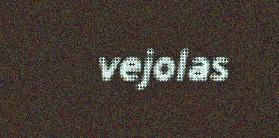
vejolas